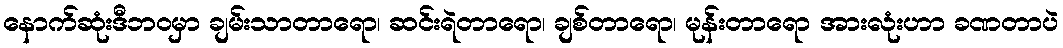
နောက်ဆုံးဒီဘဝမှာ ချမ်းသာတာရော၊ ဆင်းရဲတာရော၊ ချစ်တာရော၊ မုန်းတာရော အားလုံးဟာ ခဏတာပဲ